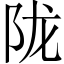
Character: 陇